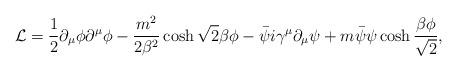
LaTeX: \begin{align*}{\cal L} = \frac12 \partial_\mu \phi \partial^\mu \phi - \frac{m^2}{2\beta^2} \cosh\sqrt2\beta \phi - \bar\psi i\gamma^\mu \partial_\mu \psi + m\bar\psi \psi\cosh\frac{\beta\phi}{\sqrt2},\end{align*}